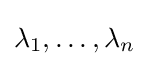
\lambda _{1},\ldots ,\lambda _{n}